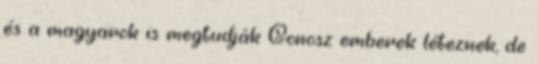
és a magyarok is megtudják Gonosz emberek léteznek, de